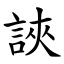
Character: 䛟